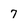
Character: 7